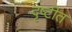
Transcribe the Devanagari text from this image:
दृष्टीत